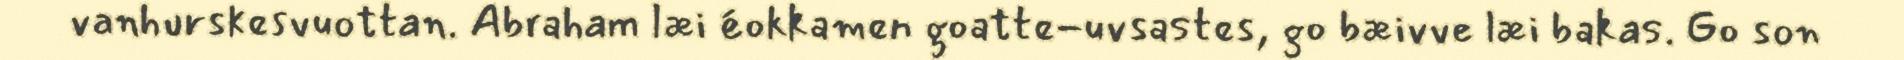
vanhurskesvuottan. Abraham læi éokkamen goatte-uvsastes, go bæivve læi bakas. Go son